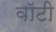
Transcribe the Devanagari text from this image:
वाॅटी